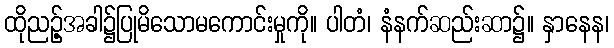
ထိုညဉ့်အခါ၌ပြုမိသောမကောင်းမှုကို။ ပါတံ၊ နံနက်ဆည်းဆာ၌။ နှာနေန၊